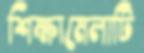
শিক্ষামেলাটি